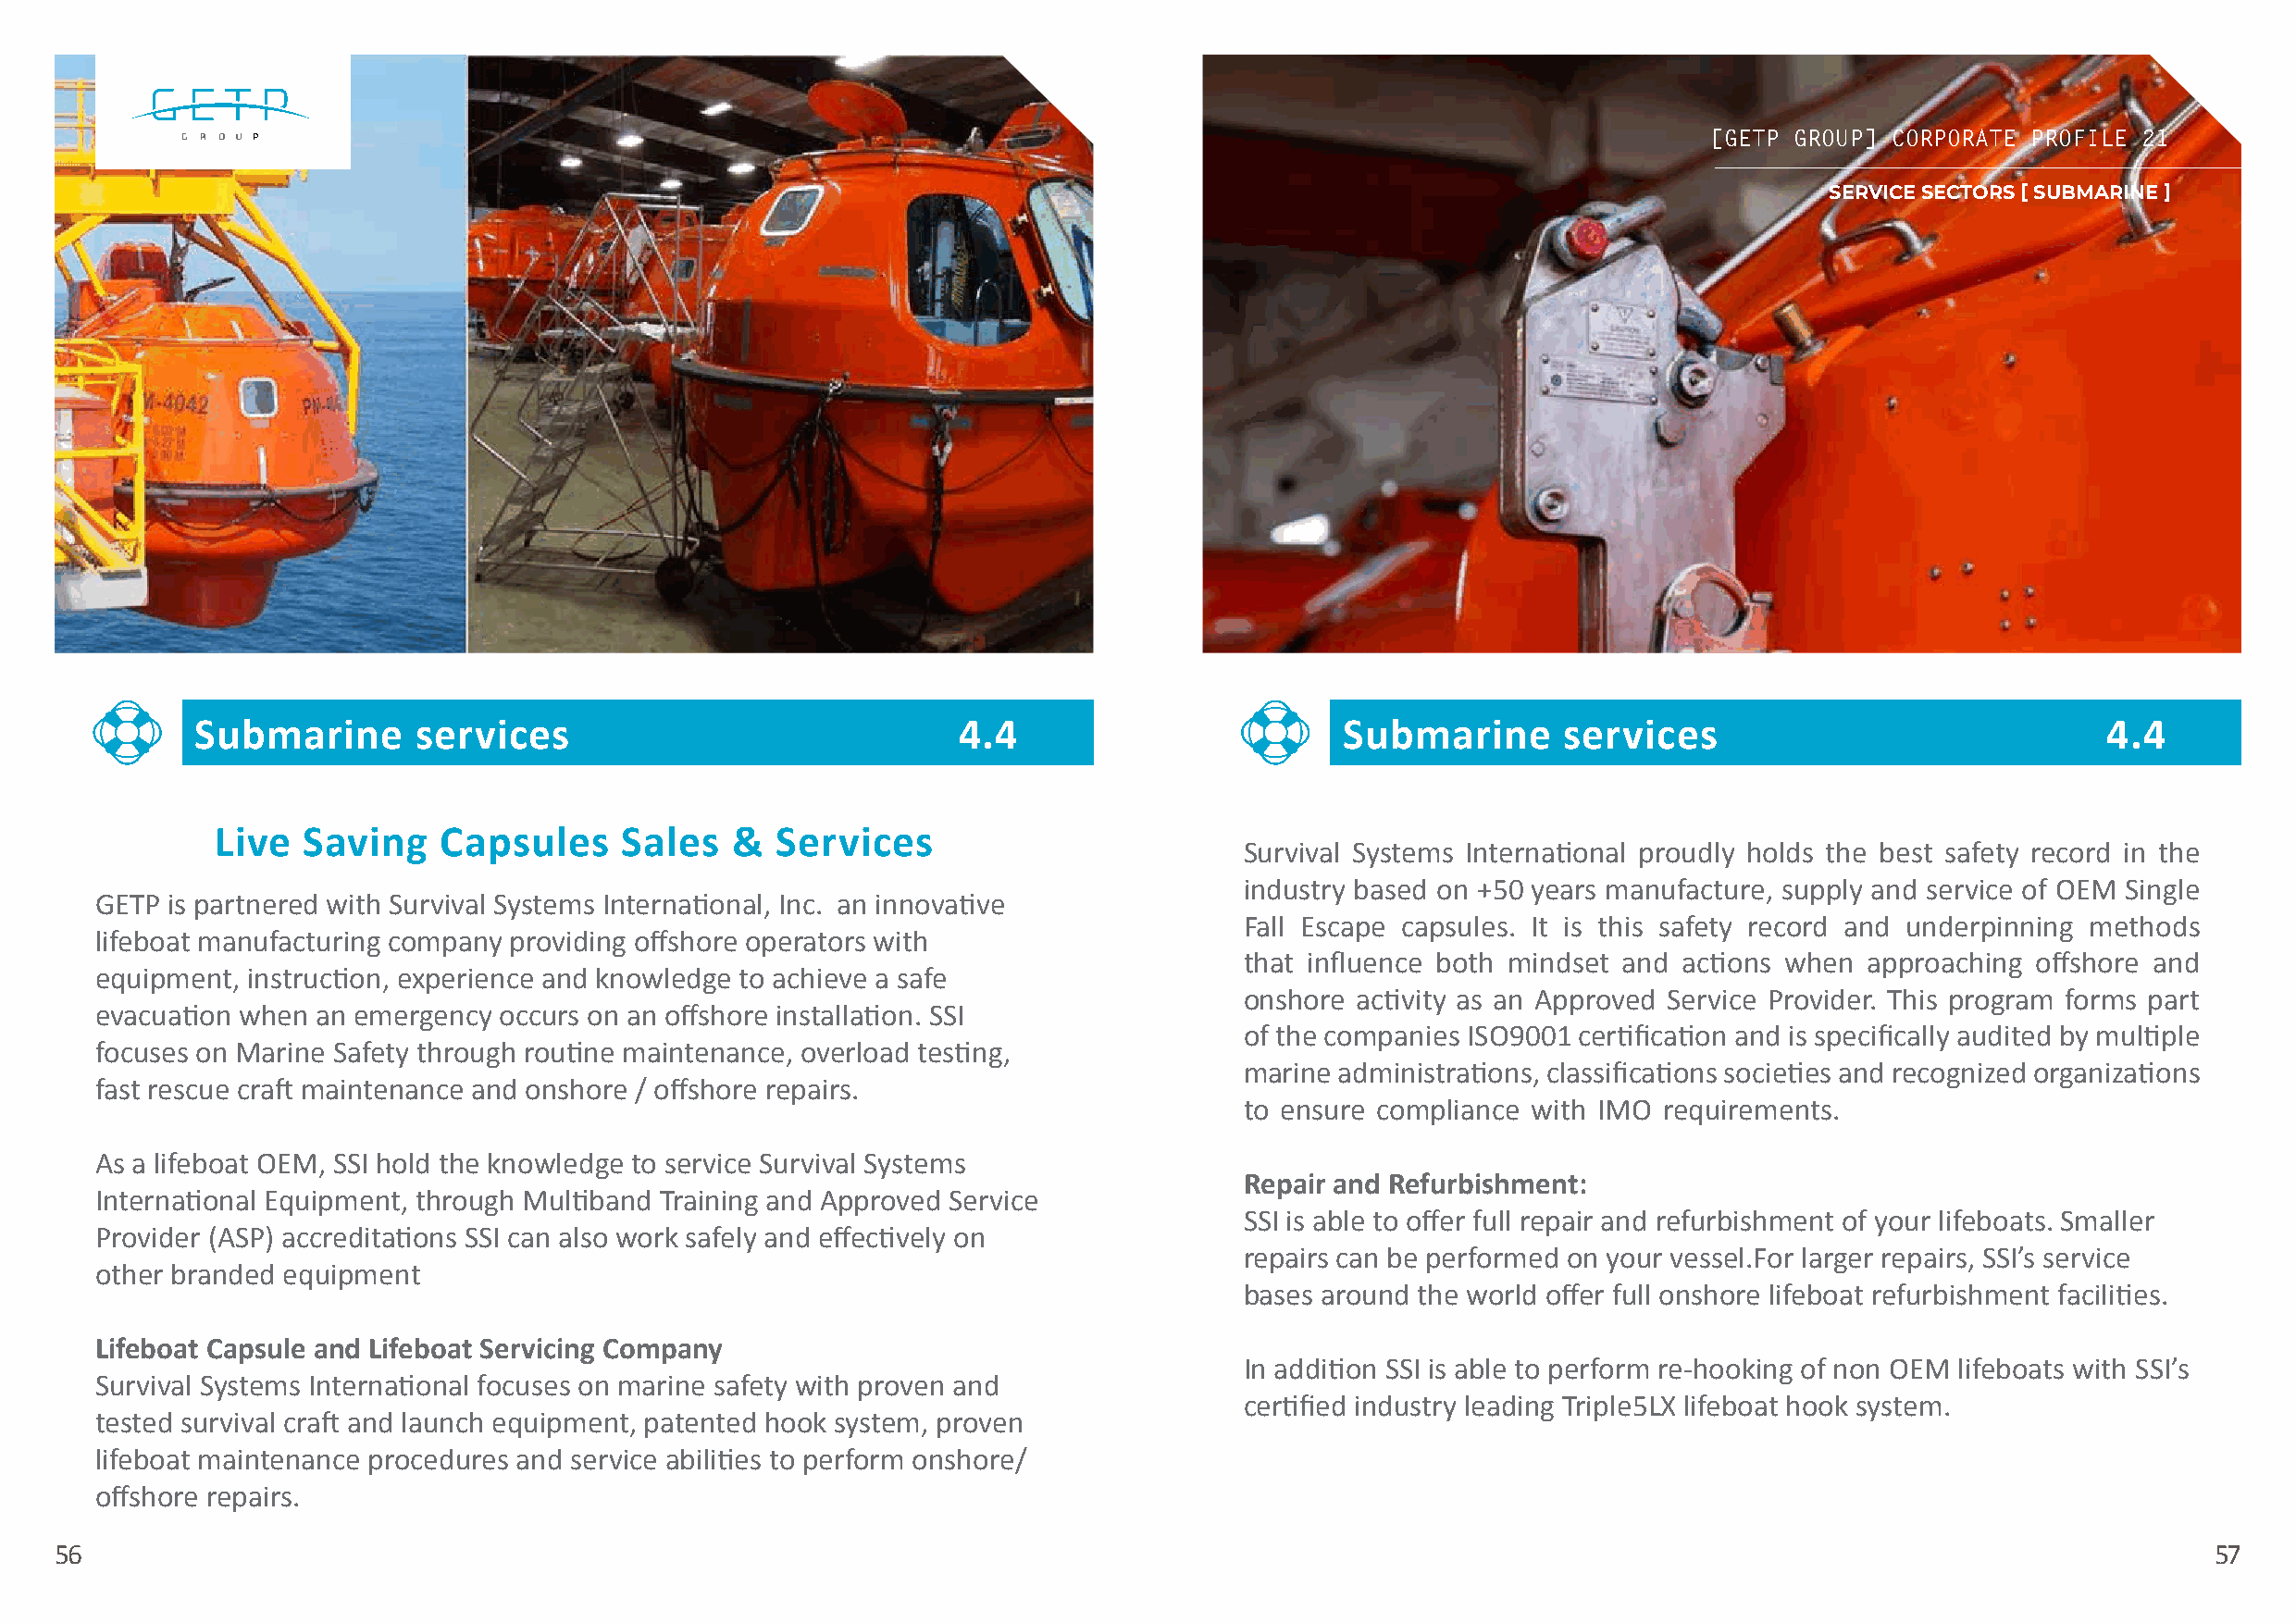
[[GGEETTPP GGRROOUUPP]] CCOORRPPOORRAATTEE PPRROOFFIILLEE 2211
 SERVICE SECTORS [ SUBMARINE ]
 Submarine       services                              4.4                         Submarine       services                              4.4
 Live   Saving   Capsules     Sales   &  Services
 Survival Systems International proudly holds the best safety record in the
 industry based on +50 years manufacture, supply and service of OEM Single
 GETP is partnered with Survival Systems International, Inc. an innovative
 Fall Escape capsules. It is this safety record and underpinning methods
 lifeboat manufacturing company providing offshore operators with
 that influence both mindset and actions when approaching offshore and
 equipment, instruction, experience and knowledge to achieve a safe
 onshore activity as an Approved Service Provider. This program forms part
 evacuation when an emergency occurs on an offshore installation. SSI
 of the companies ISO9001 certification and is specifically audited by multiple
 focuses on Marine Safety through routine maintenance, overload testing,
 marine administrations, classifications societies and recognized organizations
 fast rescue craft maintenance and onshore / offshore repairs.
 to ensure compliance with IMO requirements.
 As a lifeboat OEM, SSI hold the knowledge to service Survival Systems
 Repair and Refurbishment:
 International Equipment, through Multiband Training and Approved Service
 SSI is able to offer full repair and refurbishment of your lifeboats. Smaller
 Provider (ASP) accreditations SSI can also work safely and effectively on
 repairs can be performed on your vessel.For larger repairs, SSI’s service
 other branded equipment
 bases around the world offer full onshore lifeboat refurbishment facilities.
 Lifeboat Capsule and Lifeboat Servicing Company
 In addition SSI is able to perform re-hooking of non OEM lifeboats with SSI’s
 Survival Systems International focuses on marine safety with proven and
 certified industry leading Triple5LX lifeboat hook system.
 tested survival craft and launch equipment, patented hook system, proven
 lifeboat maintenance procedures and service abilities to perform onshore/
 offshore repairs.
 56                                                                                                                                                        57